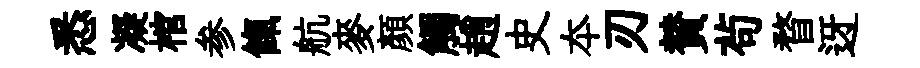
悉凝棺参餼航麥顔觸趙史夲刃賛茍瞀迓